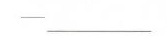
—\underline